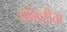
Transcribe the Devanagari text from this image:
अभिनीता